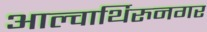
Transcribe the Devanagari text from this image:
आल्वार्थिरुनगर